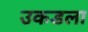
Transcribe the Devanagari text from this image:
उकडला